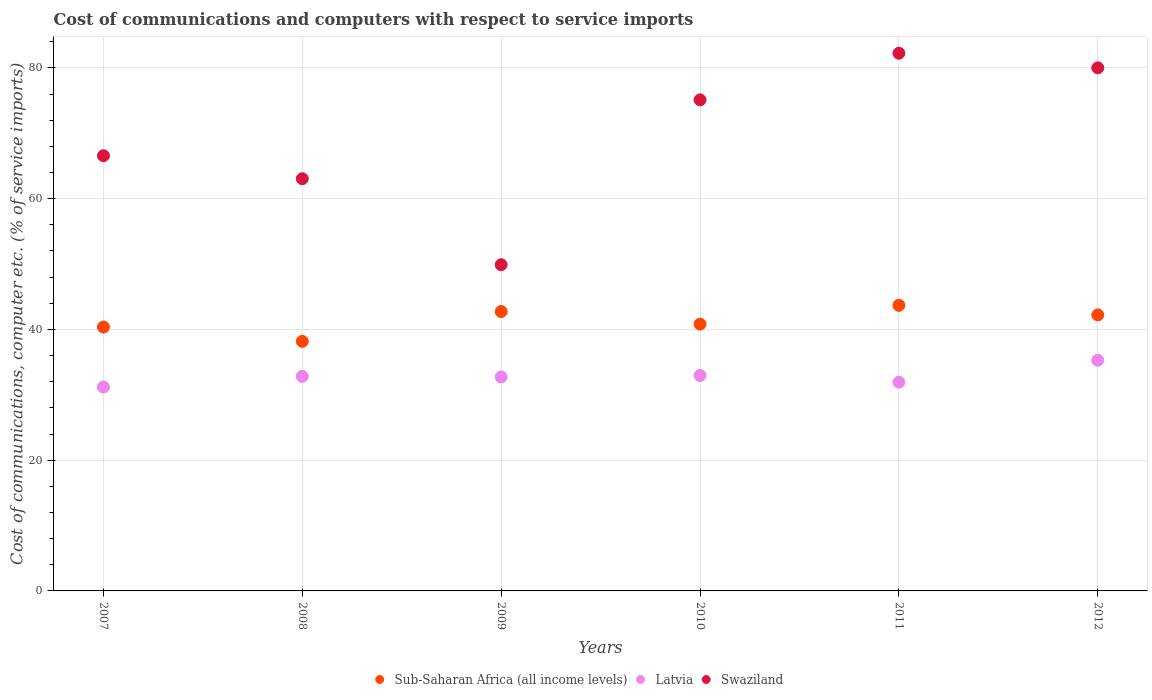
| Years | Sub-Saharan Africa (all income levels) | Latvia | Swaziland |
 | --- | --- | --- | --- |
 | 2007 | 40.4 | 31.2 | 66.6 |
 | 2008 | 38.2 | 32.8 | 63.1 |
 | 2009 | 42.7 | 32.7 | 49.9 |
 | 2010 | 40.8 | 33 | 75.1 |
 | 2011 | 43.7 | 31.9 | 82.2 |
 | 2012 | 42.2 | 35.3 | 80 |